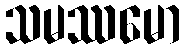
သမဿမော